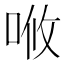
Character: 𠳘